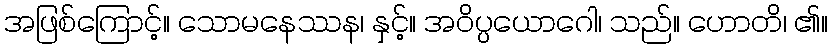
အဖြစ်ကြောင့်။ သောမနေဿန၊ နှင့်။ အဝိပ္ပယောဂေါ၊ သည်။ ဟောတိ၊ ၏။